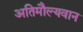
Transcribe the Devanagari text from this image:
अतिमौल्यवान